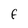
Character: F